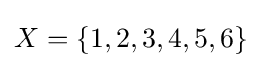
X=\{1,2,3,4,5,6\}